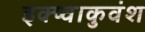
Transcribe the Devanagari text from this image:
इक्ष्वाकुवंश